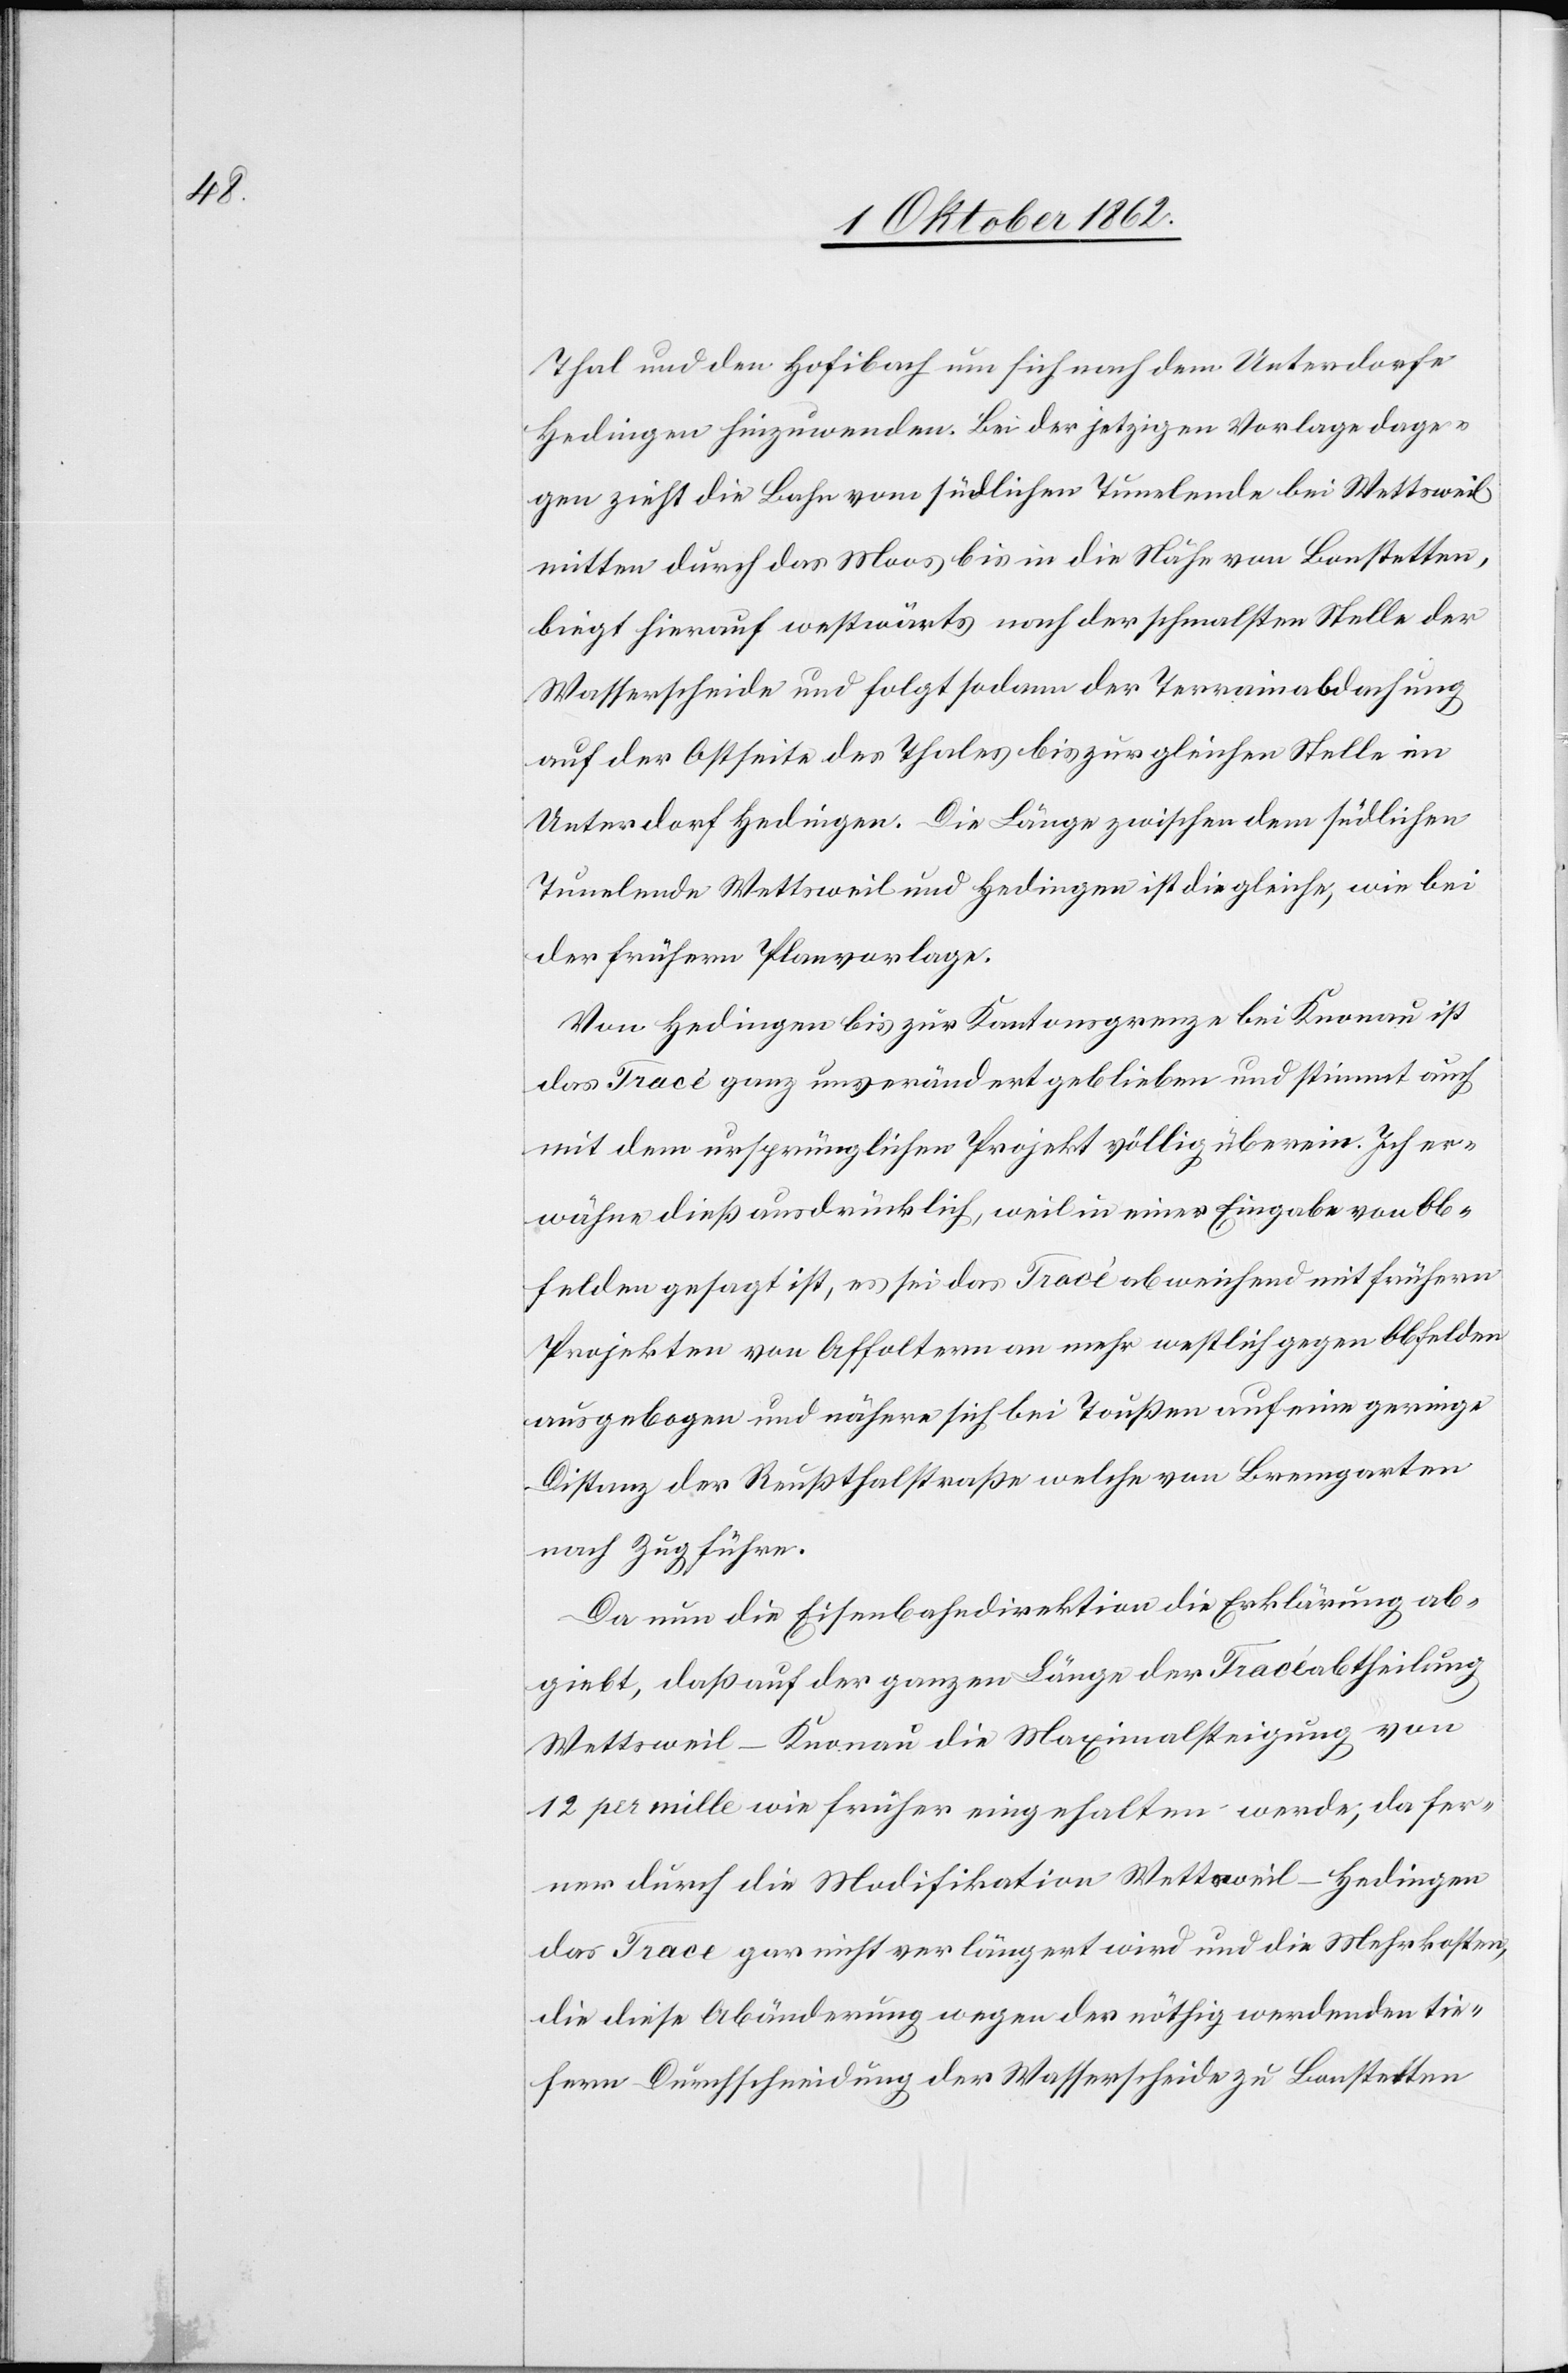
Thal und den Hofibach um sich nach dem Unterdorfe
Hedingen hinzuwenden. Bei der jetzigen Vorlage dage¬
gen zieht die Bahn vom südlichen Tunelende bei Wettsweil
mitten durch das Moos bis in die Nähe von Bonstetten,
liegt hierauf westwärts nach der schmalsten Stelle der
Wasserscheide und folgt sodann der Terrainabdachung
auf der Ostseite des Thales bis zur gleichen Stelle im
Unterdorf Hedingen. Die Länge zwischen dem südlichen
Tunelende Wettsweil und Hedingen ist die gleiche, wie bei
der frühern Planvorlage.
Von Hedingen bis zur Kantonsgrenze bei Knonau ist
das Tracé ganz unverändert geblieben und stimmte auch
mit dem ursprünglichen Projekt völlig überein. Ich er¬
wähne dieß ausdrücklich, weil in einer Eingabe von Ob¬
felden gesagt ist, es sei das Tracé abweichend mit frühern
Projekten von Affoltern an mehr westlich gegen Obfelden
ausgehoben und nähere sich bei Toußen auf eine geringe
Distanz der Reußthalstraße welche von Bremgarten
nach Zug führe.
Da nun die Eisenbahndirektion die Erklärung ab¬
giebt, daß auf der ganzen Länge der Tracéabtheilung
Wettsweil–Knonau die Maximalsteigung von
12 per mille wie früher eingehalten werde, da fer¬
ner durch die Modifikation Wettsweil–Hedingen
das Trace gar nicht verlängert wird und die Mehrkosten,
die diese Abänderung wegen der nöthig werdenden tie¬
fern Durchschneidung der Wasserscheide zu Bonstetten